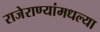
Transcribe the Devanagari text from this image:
राजेराण्यांमधल्या